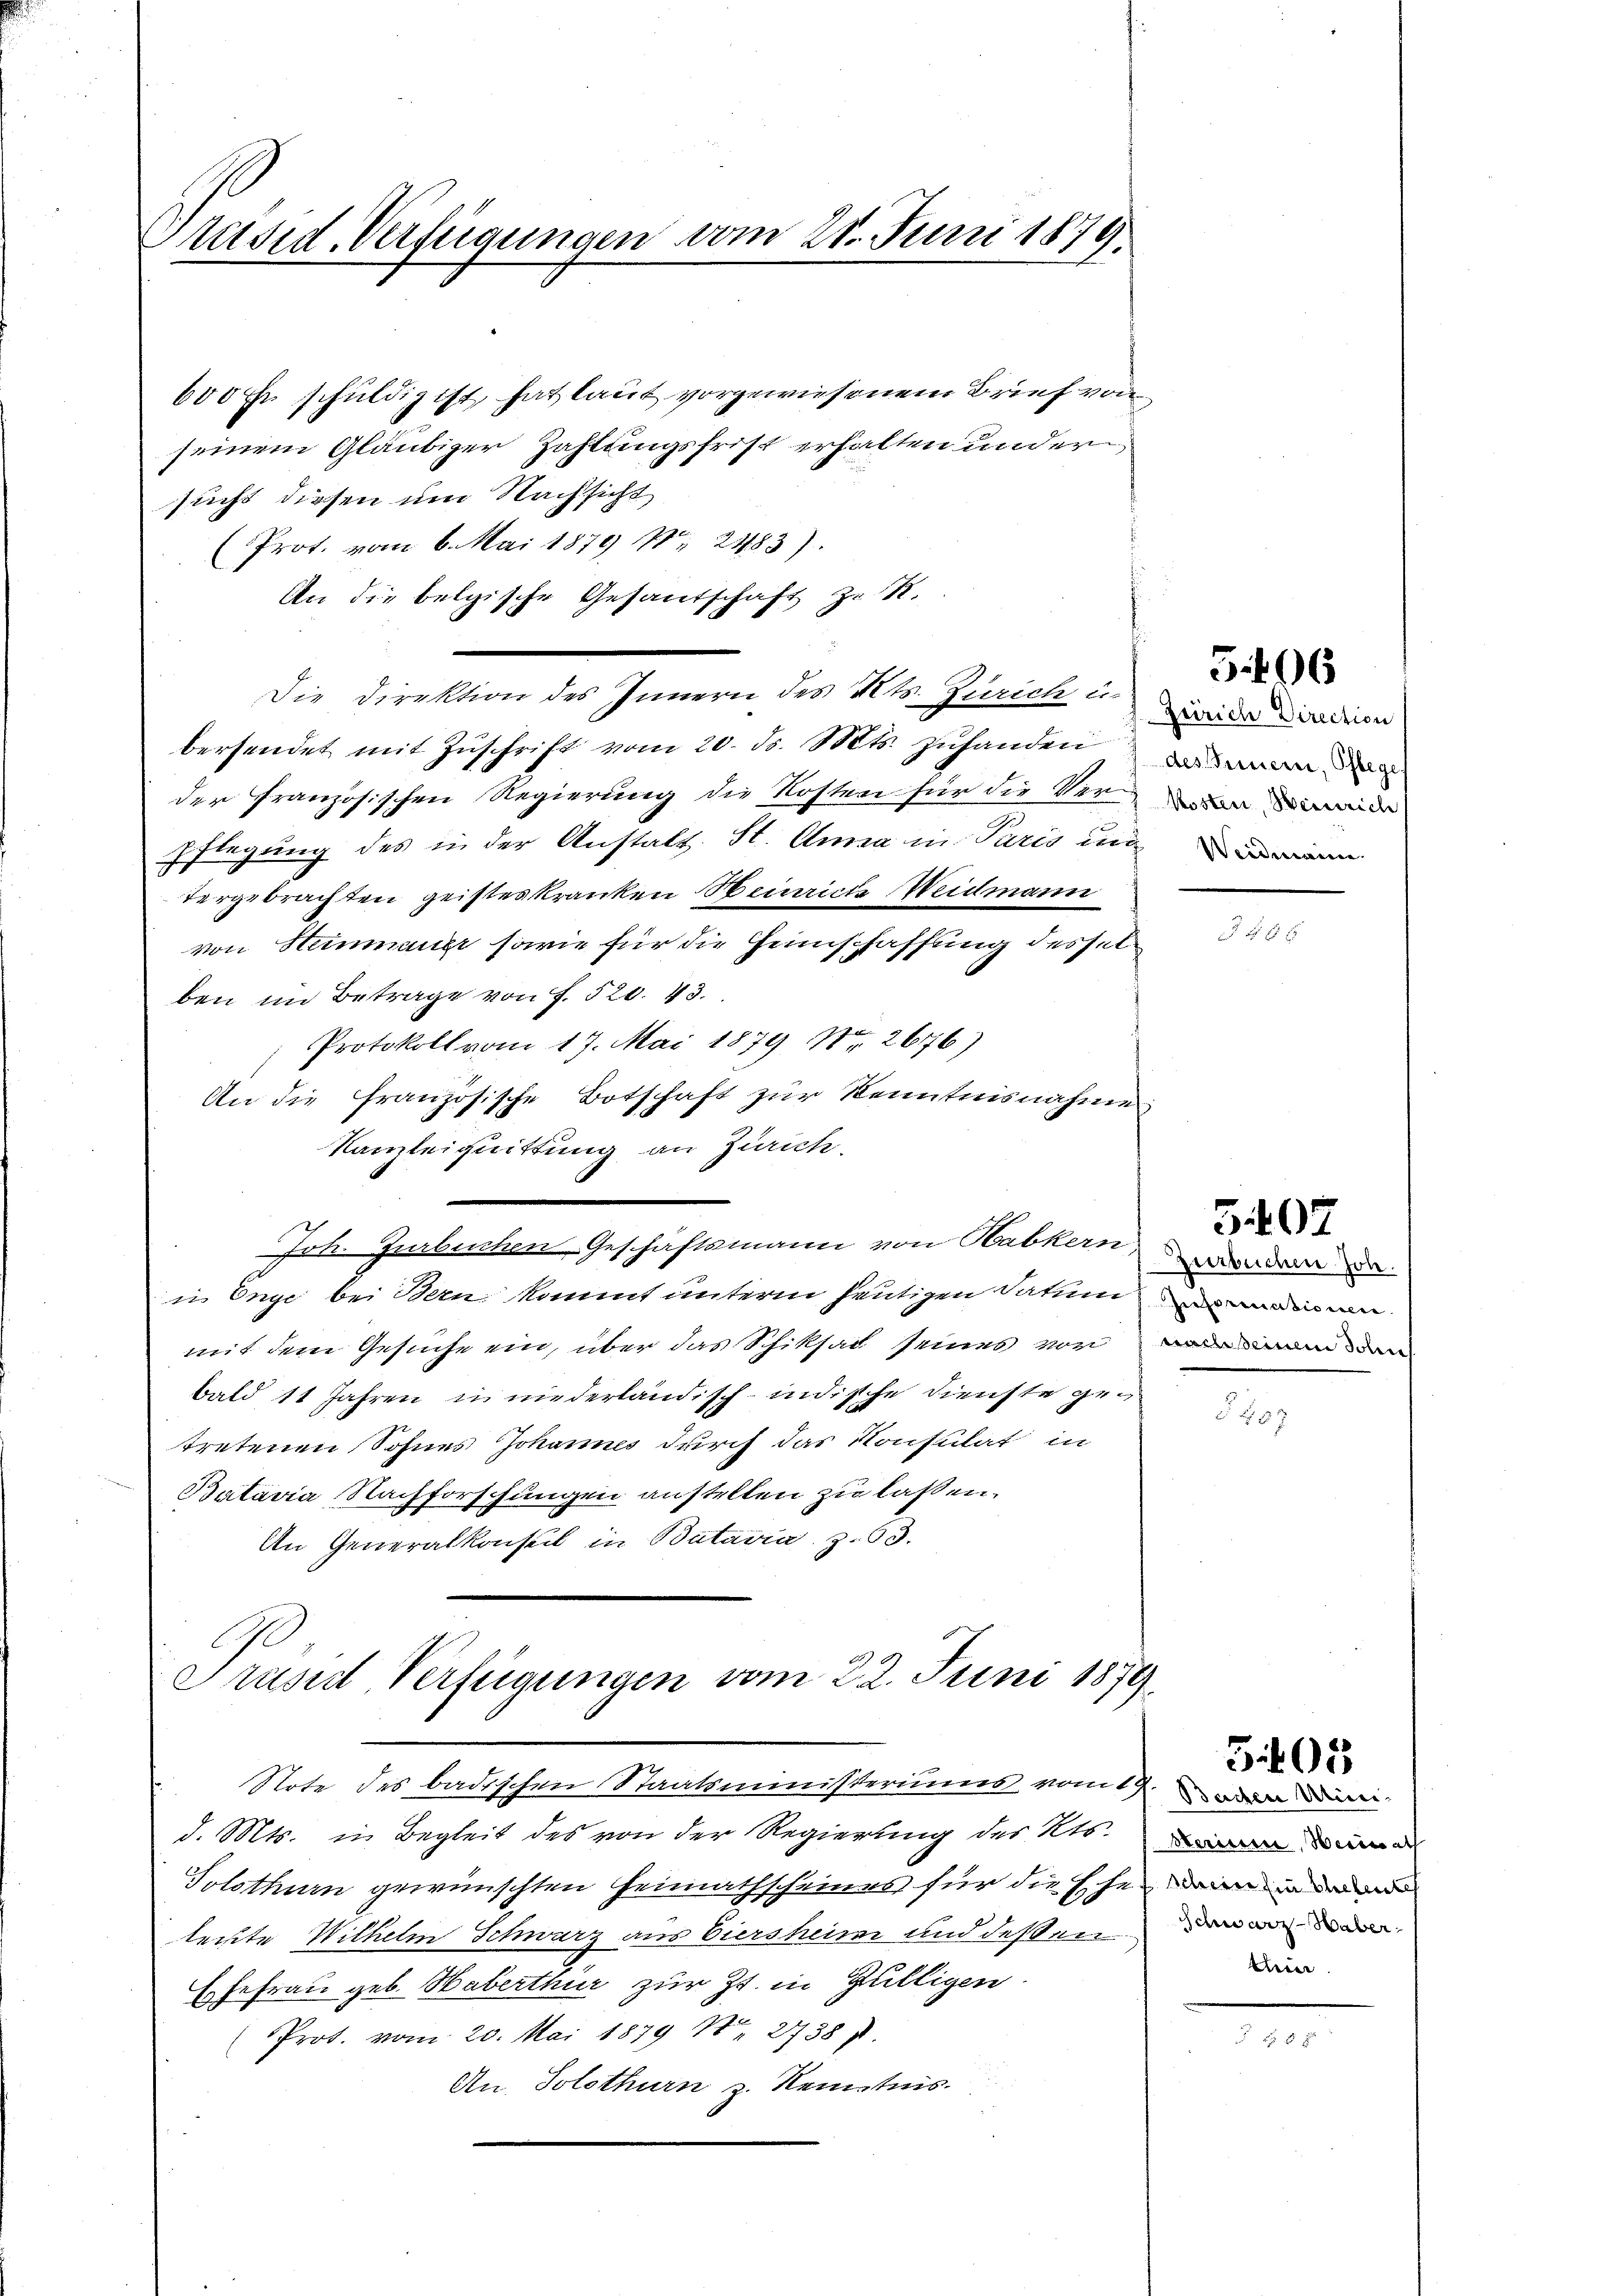
Präsid. Verfügungen vom 21. Juni 1879.

600 Fr. schuldig ist hat laut vorgewiesenem Brief von
seinem Gläubiger Zahlungsfrist erhalten und er
sucht diesen um Nachsicht
Prot. vom 6. Mai 1879 No 2483).
An die belgische Gesandschaft zu R.
Die Direktion des Innern des Kts. Zürich u.
bersendet mit Zŭschrift vom 20. d. Mts. zŭhanden
der französischen Regierung die Kosten für die Ver¬
Pflegung des in der Anstalt. St. Anna in Paris unan
x
tergebrachten geisteskranken Heinriche Weidmann
von Heinmanne sowie für die Heimschaffung desselben im Betrage von f. 520. 43.
Protokoll vom 17. Mai 1879 Nr. 2676)
An die Französische Botschaft zur Kenntnisnahme
Kanzleiquittung an Zürich,
Jok. Zurbuchen Geschäftsmann von Habkern, worden de
in Enge bei Bern kommt unterm heutigen Datum denn
mit dem Gesuche ein, über das Schiksal seines vor man dem
bald 11 Jahren in niederländisch-indische Dienste getretenen Sohnes Johannes durch das Konsulat in
Bataria Nachforschungen anstellen zu laßen.
An Generalkonsul in Batavia z. 63.
Präsid Verfügungen vom 22. Juni 1879
Note des badischen Staatsministeriums vom 3. den
d. Mts. in Begleit des von der Regierung des Kts. da
Solothurn gewünschten Heimathscheines für die Ehe ein in de
leute Wilhelm Schwarz aus Eiersheim und deßen
Ehefrau geb. Haberthur zur Zt. in Gilligen.
Prot. vom 20. Mai 1879 N. 2738 s.
An Solothurn z. Kenntnis.

5496

Zürich Direction
des Minerei, Pfleges

5407

305

Schwarz - Waber
Aun